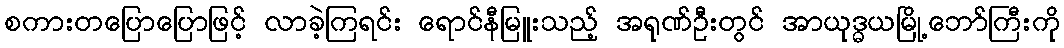
စကားတပြောပြောဖြင့် လာခဲ့ကြရင်း ရောင်နီမြူးသည့် အရုဏ်ဦးတွင် အာယုဒ္ဓယမြို့ဘော်ကြီးကို